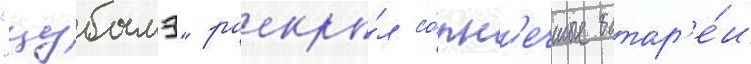
"цубамэ" раскры́л со́лн'ечные батар'е́и